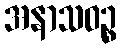
အနာသဝဉ္စ